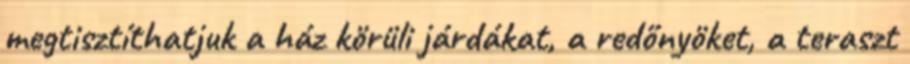
megtisztíthatjuk a ház körüli járdákat, a redőnyöket, a teraszt